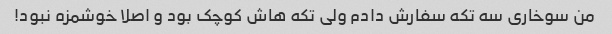
من سوخاری سه تکه سفارش دادم ولی تکه هاش کوچک بود و اصلا خوشمزه نبود!